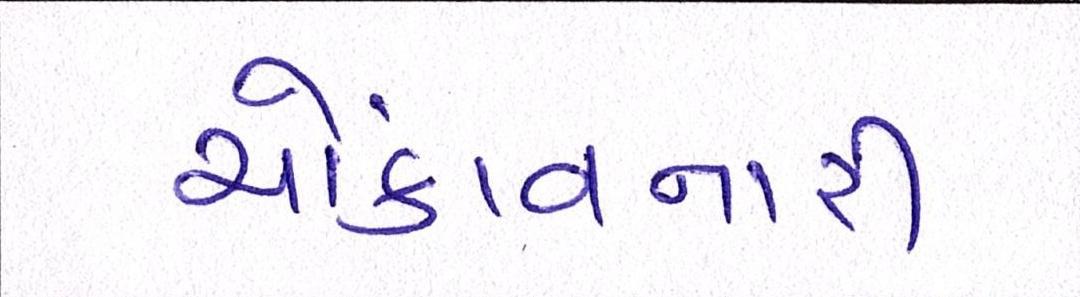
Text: ચોંકાવનારી